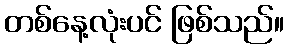
တစ်နေ့လုံးပင် ဖြစ်သည်။